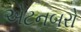
એટનબરો